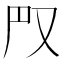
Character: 𠬮